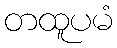
တထူပမံ